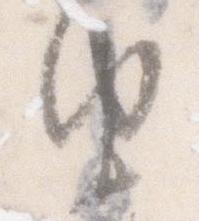
由